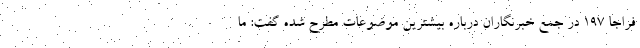
فراجا ۱۹۷ در جمع خبرنگاران درباره بیشترین موضوعات مطرح شده گفت: ما